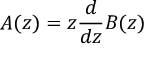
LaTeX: A ( z ) = z { \frac { d } { d z } } B ( z )